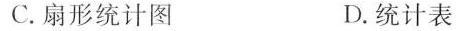
C. 扇形统计图 D. 统计表